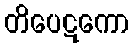
တိပေဋကော